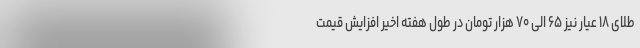
طلای ۱۸ عیار نیز ۶۵ الی ۷۰ هزار تومان در طول هفته اخیر افزایش قیمت